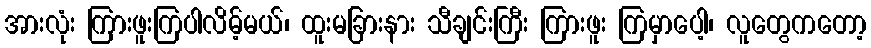
အားလုံး ကြားဖူးကြပါလိမ့်မယ်၊ ထူးမခြားနား သီချင်းကြီး ကြားဖူး ကြမှာပေါ့၊ လူတွေကတော့